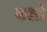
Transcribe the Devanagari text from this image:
वशों